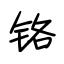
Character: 铬